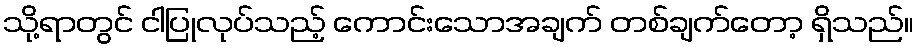
သို့ရာတွင် ငါပြုလုပ်သည့် ကောင်းသောအချက် တစ်ချက်တော့ ရှိသည်။